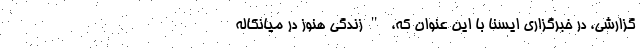
گزارشی، در خبرگزاری ایسنا با این عنوان که، "زندگی هنوز در میانکاله